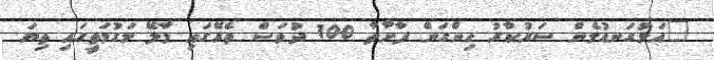
"އަޅުގަނޑުމެން ސަރުކާރު ހިންގަން ފާށާތާ 100 ދުވަސް ތެރޭގައި މާލޭ މަގުމަތީގައި ތިޔަ